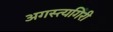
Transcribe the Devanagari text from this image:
अगस्त्यगिरी